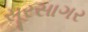
સૂરસાગર